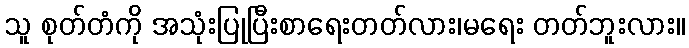
သူ စုတ်တံကို အသုံးပြုပြီးစာရေးတတ်လား၊မရေး တတ်ဘူးလား။